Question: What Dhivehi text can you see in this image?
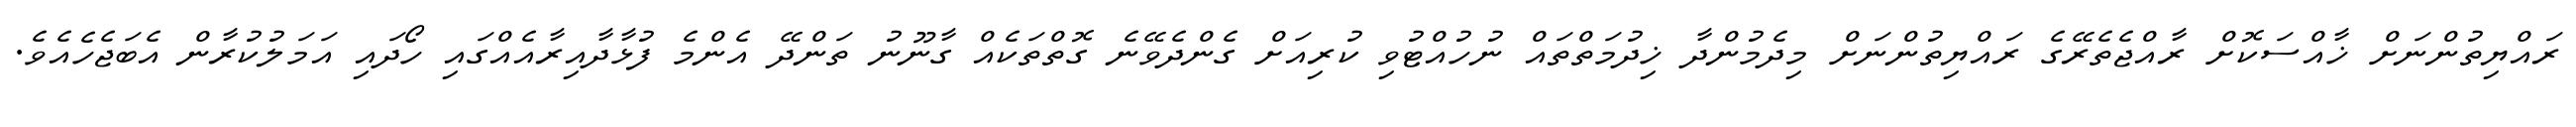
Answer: ރައްޔިތުންނަށް ޚާއްސަކޮށް ރާއްޖެތެރޭގެ ރައްޔިތުންނަށް މިދެމުންދާ ޚިދުމަތްތައް ނުހުއްޓުވި ކުރިއަށް ގެންދެވޭނެ ގޮތްތަކެއް ގާނޫނު ތަންދޭ އެންމެ ފުޅާދާއިރާއެއްގައި ހޯދައި އަމަލުކުރާން އެބަޖެހެއެވެ.